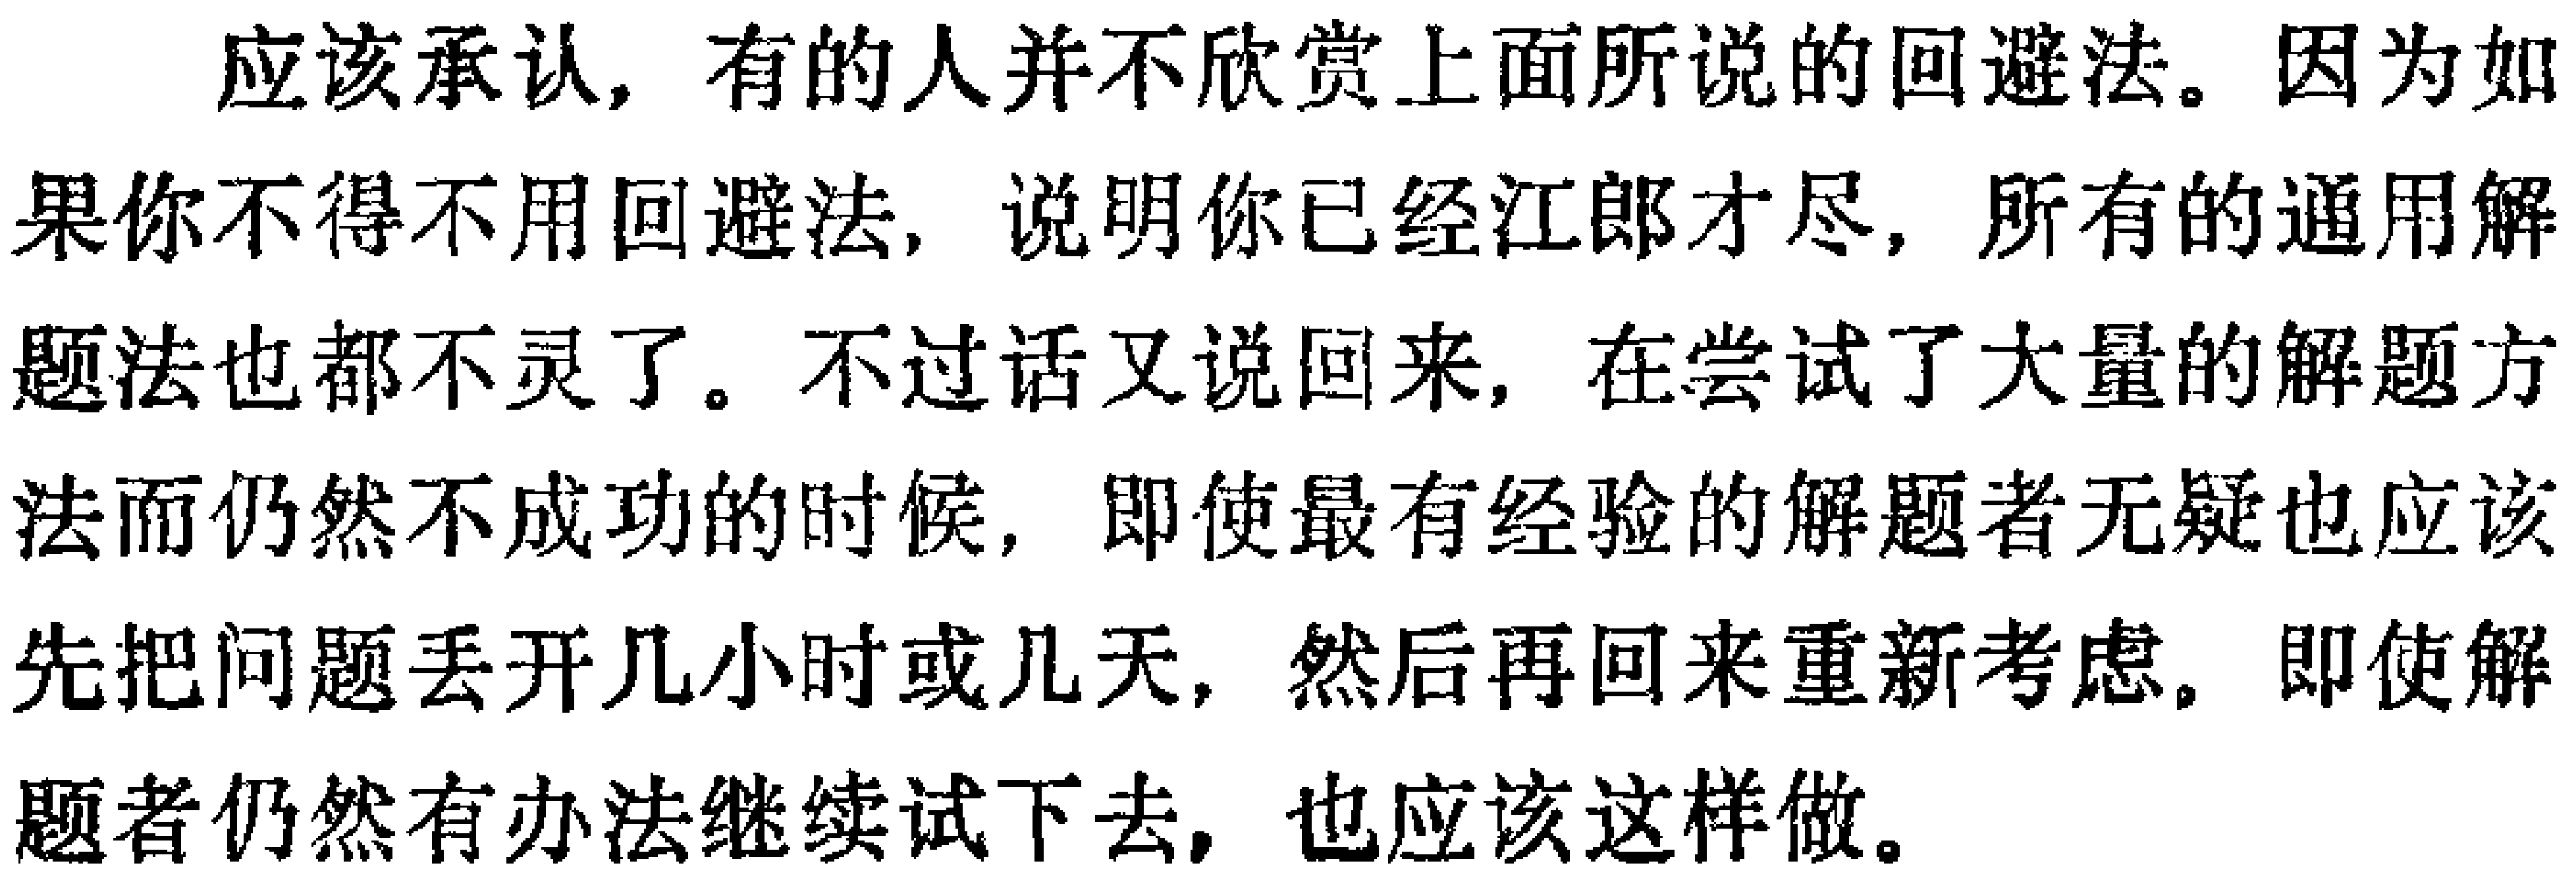
应该承认，有的人并不欣赏上面所说的回避法。因为如果你不得不用回避法，说明你已经江郎才尽，所有的通用解题法也都不灵了。不过话又说回来，在尝试了大量的解题方法而仍然不成功的时候，即使最有经验的解题者无疑也应该先把问题丢开几小时或几天，然后再回来重新考虑。即使解题者仍然有办法继续试下去，也应该这样做。